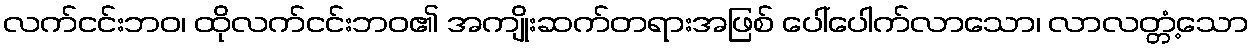
လက်ငင်းဘဝ၊ ထိုလက်ငင်းဘဝ၏ အကျိုးဆက်တရားအဖြစ် ပေါ်ပေါက်လာသော၊ လာလတ္တံ့သော